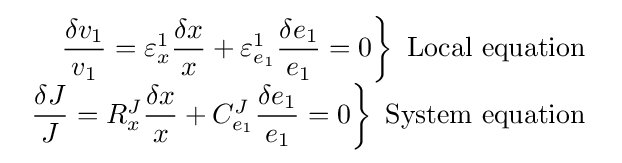
{\begin{array}{r}\left.{\dfrac {\delta v_{1}}{v_{1}}}=\varepsilon _{x}^{1}{\dfrac {\delta x}{x}}+\varepsilon _{e_{1}}^{1}{\dfrac {\delta e_{1}}{e_{1}}}=0\right\}{\text{ Local equation }}\\[5pt]\left.{\dfrac {\delta J}{J}}=R_{x}^{J}{\dfrac {\delta x}{x}}+C_{e_{1}}^{J}{\dfrac {\delta e_{1}}{e_{1}}}=0\right\}{\text{ System equation }}\end{array}}